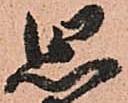
思